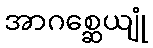
အာဂစ္ဆေယျုံ